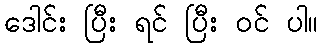
ဒေါင်း ပြီး ရင် ပြီး ဝင် ပါ။